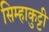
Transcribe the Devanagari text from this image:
सिम्हाकुट्टी